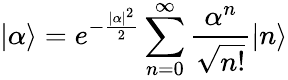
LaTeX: |\alpha\rangle=e^{-{\frac{|\alpha|^{2}}{2}}}\sum_{n=0}^{\infty}{\frac{\alpha^{n}}{\sqrt{n!}}}|n\rangle